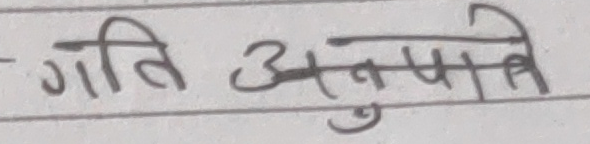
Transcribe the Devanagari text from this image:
गति अनुपात